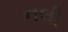
નલી